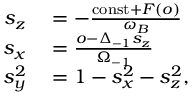
\begin{array} { r l } { s _ { z } } & { { } = - \frac { \mathrm { c o n s t } + F ( o ) } { \omega _ { B } } } \\ { s _ { x } } & { { } = \frac { o - \Delta _ { - 1 } s _ { z } } { \Omega _ { - 1 } } } \\ { s _ { y } ^ { 2 } } & { { } = 1 - s _ { x } ^ { 2 } - s _ { z } ^ { 2 } , } \end{array}